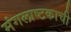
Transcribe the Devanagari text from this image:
मंगलाष्टकाची